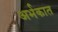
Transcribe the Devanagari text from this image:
अर्भकात